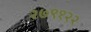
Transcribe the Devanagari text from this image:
२७९१२२